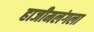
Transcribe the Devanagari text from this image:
हाजीमलंगला